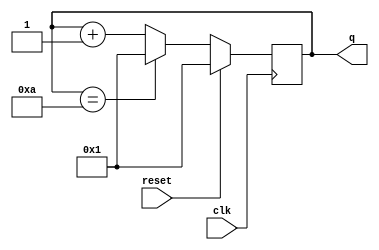
module top_module (
    input clk,
    input reset,        // Synchronous active-high reset
    output [3:0] q
);

wire [3:0] q_nxt = q == 4'd10 ? 4'd1 : q+1'b1;

always @(posedge clk) begin
    if (reset) q <= 4'd1;
    else q <= q_nxt;
end

endmodule